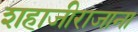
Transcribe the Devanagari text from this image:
शहाजीराजाना